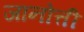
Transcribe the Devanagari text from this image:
जानोत्ती